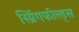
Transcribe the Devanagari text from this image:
स्प्रिंगफील्ड्स